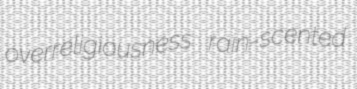
overreligiousness rain-scented